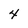
Character: 4